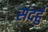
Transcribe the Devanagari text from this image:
सदर्हु